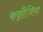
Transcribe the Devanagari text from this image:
कन्नौजिया